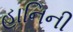
હાનિની